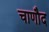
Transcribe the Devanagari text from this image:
चाणौद